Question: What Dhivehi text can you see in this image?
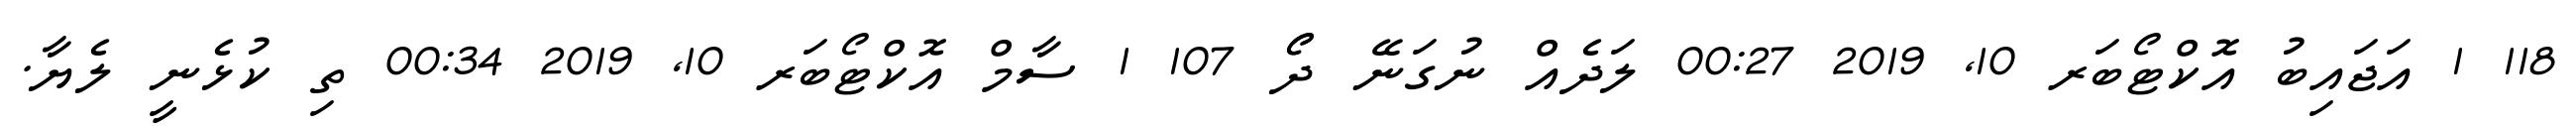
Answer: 118 1 އަޖައިބު އޮކްޓޯބަރ 10, 2019 00:27 ލަދެއް ނުގަނޭ ދޯޯ 107 1 ސާމް އޮކްޓޯބަރ 10, 2019 00:34 ތި ކުޅެނީ ލެޔާ.